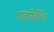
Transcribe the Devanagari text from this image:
पदनिर्देशित